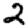
Digit: 2